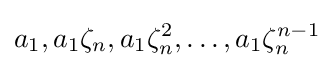
a_{1},a_{1}\zeta _{n},a_{1}\zeta _{n}^{2},\dots ,a_{1}\zeta _{n}^{n-1}